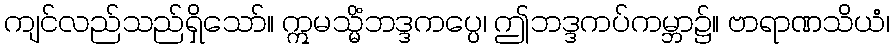
ကျင်လည်သည်ရှိသော်။ ဣမသ္မိံဘဒ္ဒကပ္ပေ၊ ဤဘဒ္ဒကပ်ကမ္ဘာ၌။ ဗာရာဏသိယံ၊